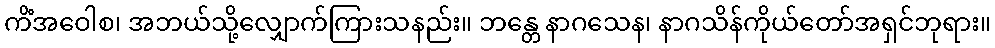
ကိံအဝေါစ၊ အဘယ်သို့လျှောက်ကြားသနည်း။ ဘန္တေ နာဂသေန၊ နာဂသိန်ကိုယ်တော်အရှင်ဘုရား။